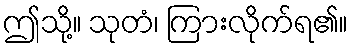
ဤသို့။ သုတံ၊ ကြားလိုက်ရ၏။